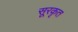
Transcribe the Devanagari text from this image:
सूरकृत